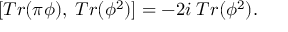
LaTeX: [ T r ( \pi \phi ) , \; T r ( \phi ^ { 2 } ) ] = - 2 i \; T r ( \phi ^ { 2 } ) .